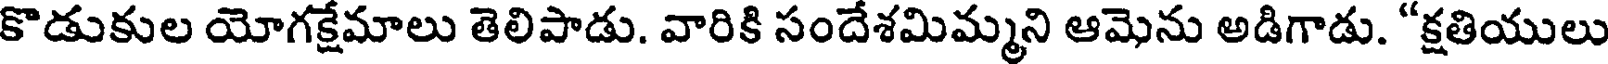
కొడుకుల యోగక్షేమాలు తెలిపాడు. వారికి సందేశమిమ్మని ఆమెను అడిగాడు. "క్షతియులు